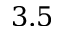
3 . 5